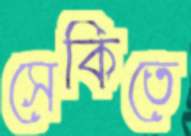
সেকিতে